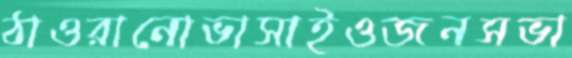
ঠাওরানোভাসাইওজনসভা